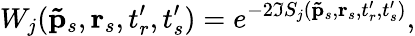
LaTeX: W_{j}(\mathbf{\tilde{p}}_{s},\textbf{r}_{s},t_{r}^{\prime},t_{s}^{\prime})=e^{-2\Im S_{j}(\mathbf{\tilde{p}}_{s},\textbf{r}_{s},t_{r}^{\prime},t_{s}^{\prime})},